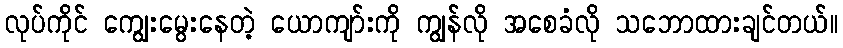
လုပ်ကိုင် ကျွေးမွေးနေတဲ့ ယောကျာ်းကို ကျွန်လို အစေခံလို သဘောထားချင်တယ်။